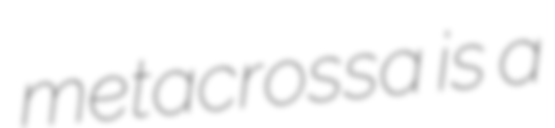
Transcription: metacrossa is a